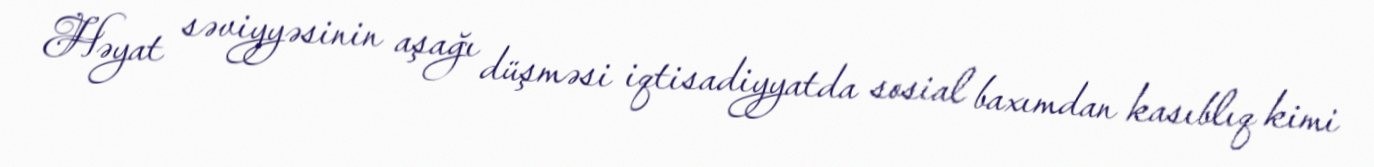
Həyat səviyyəsinin aşağı düşməsi iqtisadiyyatda sosial baxımdan kasıblıq kimi